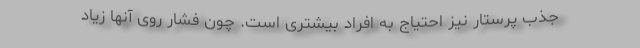
جذب پرستار نیز احتیاج به افراد بیشتری است. چون فشار روی آنها زیاد